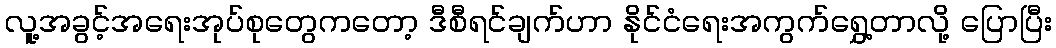
လူ့အခွင့်အရေးအုပ်စုတွေကတော့ ဒီစီရင်ချက်ဟာ နိုင်ငံရေးအကွက်ရွှေ့တာလို့ ပြောပြီး